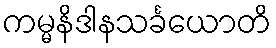
ကမ္မနိဒါနသင်္ခယောတိ